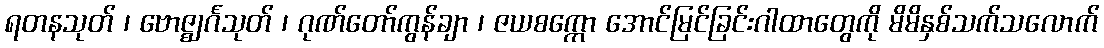
ရတနသုတ် ၊ ဗောဇ္ဈင်္ဂသုတ် ၊ ဂုဏ်တော်ကွန်ချာ ၊ ဇယစက္ကော အောင်မြင်ခြင်းဂါထာတွေကို မိမိနှစ်သက်သလောက်